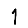
Digit: 1